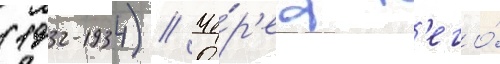
(1932-1934) // Че́р'ез н'его́